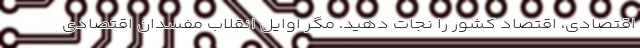
اقتصادی، اقتصاد کشور را نجات دهید. مگر اوایل انقلاب مفسدان اقتصادی